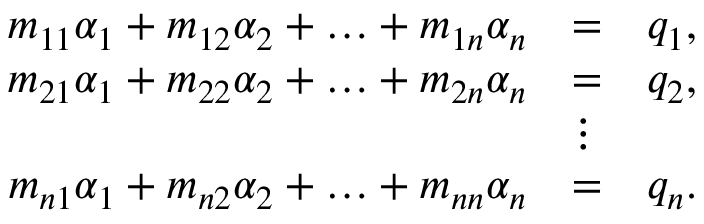
\begin{array} { r l r } { m _ { 1 1 } \alpha _ { 1 } + m _ { 1 2 } \alpha _ { 2 } + \hdots + m _ { 1 n } \alpha _ { n } } & { = } & { q _ { 1 } , } \\ { m _ { 2 1 } \alpha _ { 1 } + m _ { 2 2 } \alpha _ { 2 } + \hdots + m _ { 2 n } \alpha _ { n } } & { = } & { q _ { 2 } , } \\ & { \vdots } & \\ { m _ { n 1 } \alpha _ { 1 } + m _ { n 2 } \alpha _ { 2 } + \hdots + m _ { n n } \alpha _ { n } } & { = } & { q _ { n } . } \end{array}